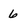
Character: 6